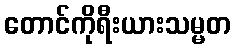
တောင်ကိုရီးယားသမ္မတ